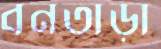
বনতাড়া